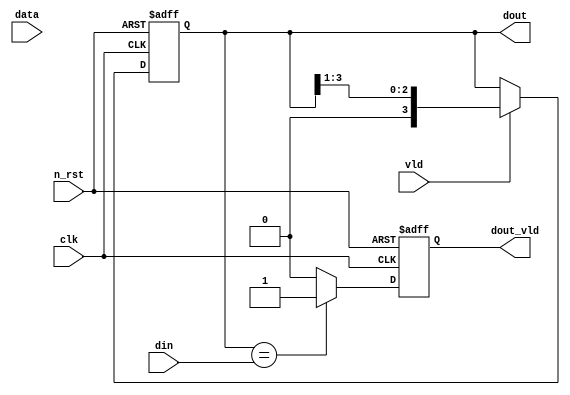
module s2p(
    clk,
    n_rst,
    din,
    data,
    vld,
    dout,
    dout_vld
);

input                   clk;
input                   n_rst;

input                   din;
input                   data;
input                   vld;

output  reg     [3:0]   dout;  
output  reg             dout_vld;

// dout FF
always @(posedge clk or negedge n_rst) begin
    if (!n_rst) begin
        dout <= 4'b0000;
    end

    else begin
        if (vld == 1'b1) begin
            if (data == 1'b1) begin
                dout[3] <= 1'b1;
                dout <= {1'b0, dout[3:1]};
            end

            else begin // data == 1'b0
                dout[3] <= 1'b0;
                dout <= {1'b0, dout[3:1]};
            end
        end

        else begin // vld == 1'b0
            dout <= dout;
        end
    end
end


// dout_vld FF
always @(posedge clk or negedge n_rst) begin
    if (!n_rst) begin
        dout_vld <= 1'b0;
    end

    else begin
        if (dout == din) begin
            dout_vld <= 1'b1;
        end

        else begin
            dout_vld <= 1'b0;
        end

    end
            
end

endmodule